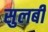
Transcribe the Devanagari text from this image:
सुलबी